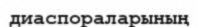
диаспораларының